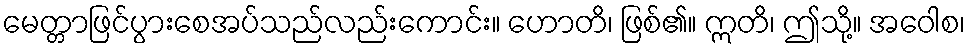
မေတ္တာဖြင်ပွားစေအပ်သည်လည်းကောင်း။ ဟောတိ၊ ဖြစ်၏။ ဣတိ၊ ဤသို့။ အဝေါစ၊